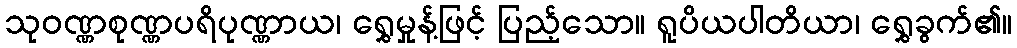
သုဝဏ္ဏစုဏ္ဏပရိပုဏ္ဏာယ၊ ရွှေမှုန့်ဖြင့် ပြည့်သော။ ရူပိယပါတိယာ၊ ရွှေခွက်၏။